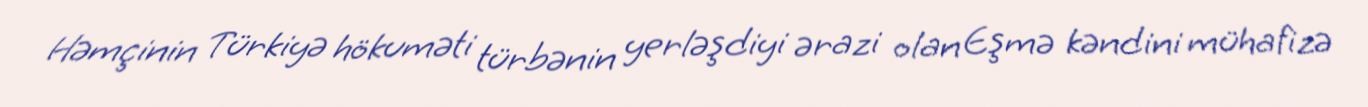
Həmçinin Türkiyə hökuməti türbənin yerləşdiyi ərazi olan Eşmə kəndini mühafizə